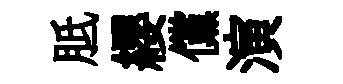
胝纓儻演